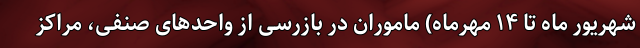
شهریور ماه تا ۱۴ مهرماه) ماموران در بازرسی از واحدهای صنفی، مراکز